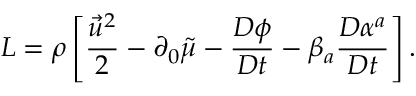
{ \cal L } = \rho \left[ \frac { \vec { u } ^ { 2 } } { 2 } - \partial _ { 0 } \tilde { \mu } - \frac { D \phi } { D t } - \beta _ { a } \frac { D \alpha ^ { a } } { D t } \right] .